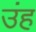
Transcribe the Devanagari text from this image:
उंह